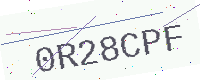
Text: 0R28CPF